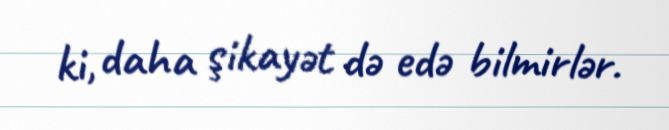
ki, daha şikayət də edə bilmirlər.